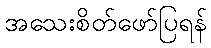
အသေးစိတ်ဖော်ပြရန်